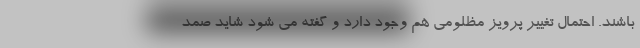
باشند. احتمال تغییر پرویز مظلومی هم وجود دارد و گفته می شود شاید صمد